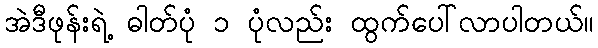
အဲဒီဖုန်းရဲ့ ဓါတ်ပုံ ၁ ပုံလည်း ထွက်ပေါ်လာပါတယ်။